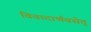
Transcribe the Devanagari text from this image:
विवादार्णवसेतु